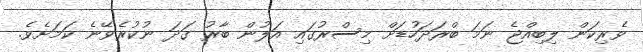
ވެރިކަން ލިބިއްޖެ ނަމަ ބްރަދަހުޑަށް މިސްރުގައި އަލުން ބާރު ގަދަ ނުކުރެވޭނެ ކަމަށެވެ.